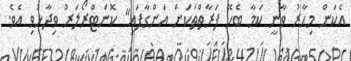
އެކަން މިހާރު ވާނީ ކަމާ ބެހޭ ފަރާތްތަކަށް އަންގާފައި" ކޮންޓްރޯލަރު ވިދާޅުވި އެވެ.